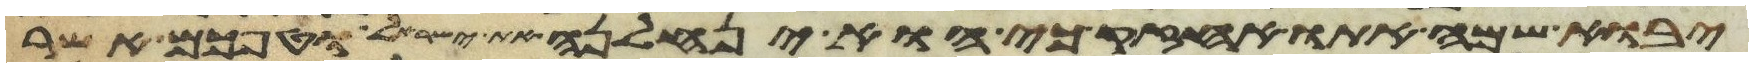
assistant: יבוא שמה אתו אחזיק כי הוא ינחלנה את ישראל וטפכם אשר